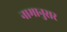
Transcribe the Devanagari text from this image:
नामानुसर